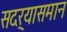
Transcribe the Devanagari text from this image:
सदर्‍यासमान